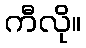
ကီလို။